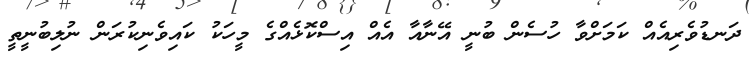
ދަނޑުވެރިއެއް ކަމަށްވާ ހުސެން ބުނީ އޭނާއާ އެއް އިސްކޮޅެއްގެ މީހަކު ކައިވެނިކުރަން ނުލިބުނީތީ